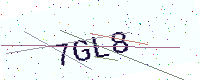
Text: 7GL8